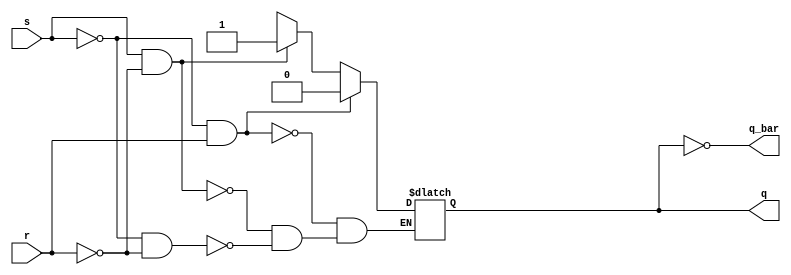
module sr_latch(input s, input r, output reg q, output reg q_bar);
    always @(s, r)
        if (~s & r)
            q <= 0;
        else if (s & ~r)
            q <= 1;
        else if (~s & ~r)
            q <= 1'bz;
    always @(s, r)
        q_bar = ~q;
endmodule